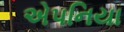
એપનિયા